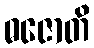
ဓဇောတိ